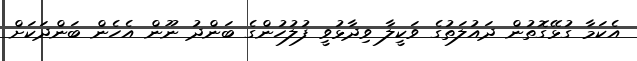
އެކަމާ ގުޅޭގޮތުން ދައުލަތުގެ ވަކީލާ ވިދާޅުވީ ފުލުހުންގެ ބަންދު ނޫން އެހެން ބަންދަކަށް